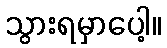
သွားရမှာပေါ့။